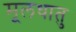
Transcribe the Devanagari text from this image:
मूलधातु